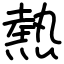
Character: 熱